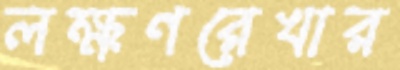
লক্ষণরেখার